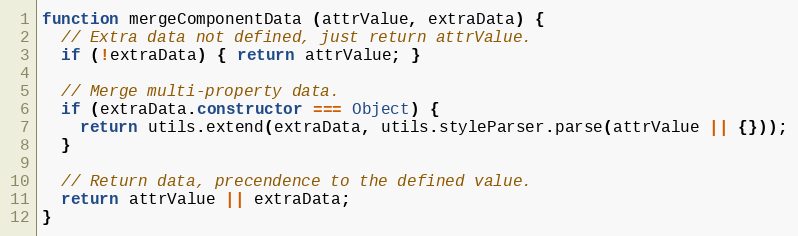
Language: JavaScript
function mergeComponentData (attrValue, extraData) {
  // Extra data not defined, just return attrValue.
  if (!extraData) { return attrValue; }

  // Merge multi-property data.
  if (extraData.constructor === Object) {
    return utils.extend(extraData, utils.styleParser.parse(attrValue || {}));
  }

  // Return data, precendence to the defined value.
  return attrValue || extraData;
}